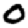
Digit: 0